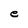
Character: e